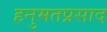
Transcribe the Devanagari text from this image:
हनुमतप्रसाद